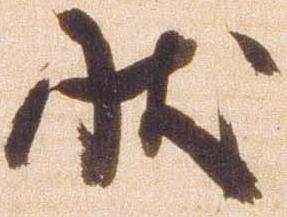
状